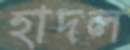
হাদল